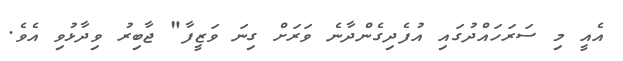
އެއީ މި ސަރަހައްދުގައި އުފެދިގެންދާނެ ވަރަށް ގިނަ ވަޒީފާ" ޖާބިރު ވިދާޅުވި އެވެ.